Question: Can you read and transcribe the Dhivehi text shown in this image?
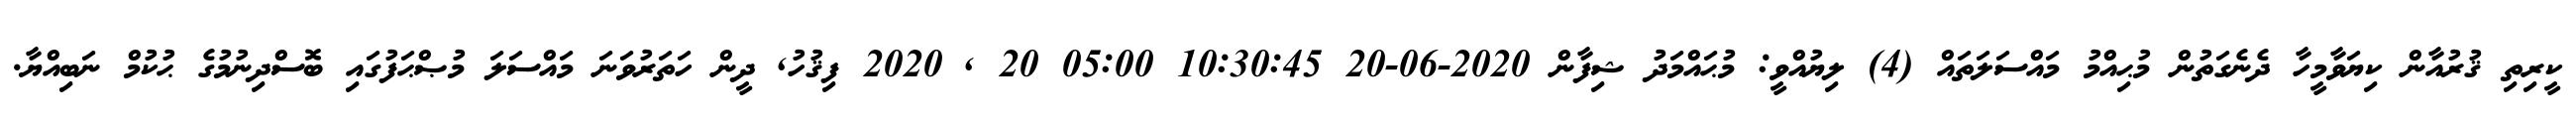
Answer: ކީރިތި ޤުރުއާން ކިޔަވާމީހާ ދެނެގަތުން މުޙިއްމު މައްސަލަތައް (4) ލިޔުއްވީ: މުޙައްމަދު ޝިފާން 2020-06-20 10:30:45 05:00 20 , 2020 ފިޤުހު, ދީން ހަތަރުވަނަ މައްސަލަ މުޞްޙަފުގައި ބޮސްދިނުމުގެ ޙުކުމް ނަބިއްޔާ.